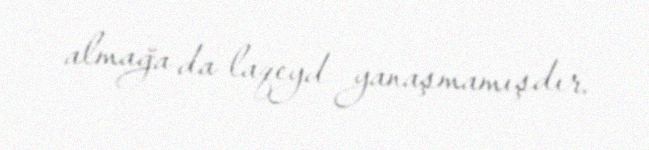
almağa da laqeyd yanaşmamışdır.